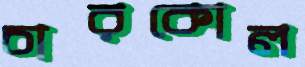
চারকোল